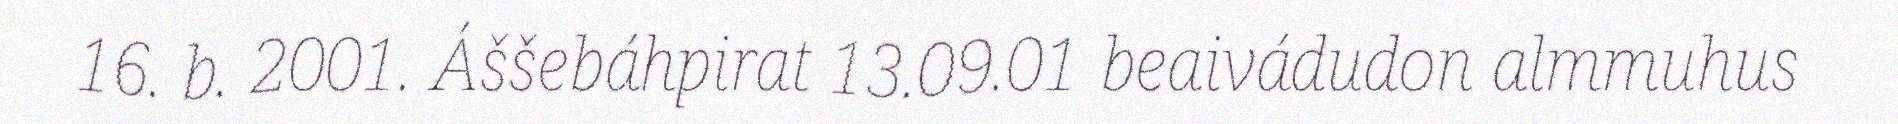
16. b. 2001. Áššebáhpirat 13.09.01 beaivádudon almmuhus